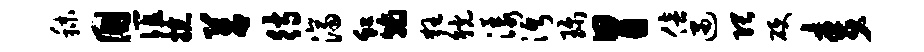
秣国谊掠莒待济虹翰狂觥漾沔珍胃倍遇隈硬麦